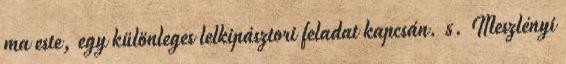
ma este, egy különleges lelkipásztori feladat kapcsán. 5. Meszlényi